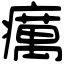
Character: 癘